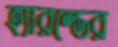
হ্যারল্ডের